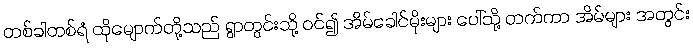
တစ်ခါတစ်ရံ ထိုမျောက်တို့သည် ရွာတွင်းသို့ ဝင်၍ အိမ်ခေါင်မိုးများ ပေါ်သို့ တက်ကာ အိမ်များ အတွင်း